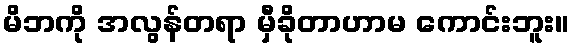
မိဘကို အလွန်တရာ မှီခိုတာဟာမ ကောင်းဘူး။